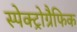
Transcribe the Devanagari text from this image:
स्पेक्ट्रोग्रैफिक